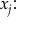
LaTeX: x _ { j } { \mathrm { : } }